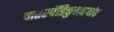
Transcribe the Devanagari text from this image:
बातएपेंडिकुलरगांठ